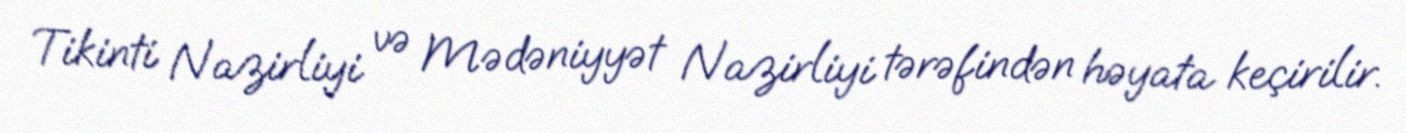
Tikinti Nazirliyi və Mədəniyyət Nazirliyi tərəfindən həyata keçirilir.